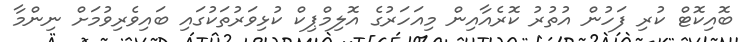
ބޮއިކޮޓް ކުރި ފަހުން އުތުރު ކޮރެއާއިން މިއަހަރުގެ އޮލިމްޕިކް ކުޅިވަރުތަކުގައި ބައިވެރިވުމަށް ނިންމާ